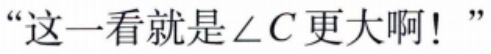
“这一看就是\(\angle C\)更大啊！”